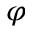
\varphi